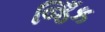
જિઁક